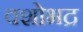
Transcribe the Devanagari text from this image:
वशोभद्र